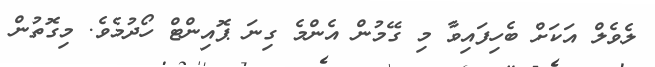
ލެވެލް އަކަށް ބެހިފައިވާ މި ގޭމުން އެންމެ ގިނަ ޕޮއިންޓް ހޯދުމެވެ. މިގޮތުން